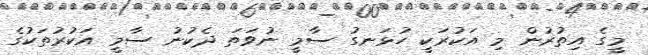
މީގެ އިތުރުން މި އަކުރަކީ ހުޅަނގު ސާމީ ނުވަތަ ދެކުނު ސާމީ އަކުރުތަކުގެ